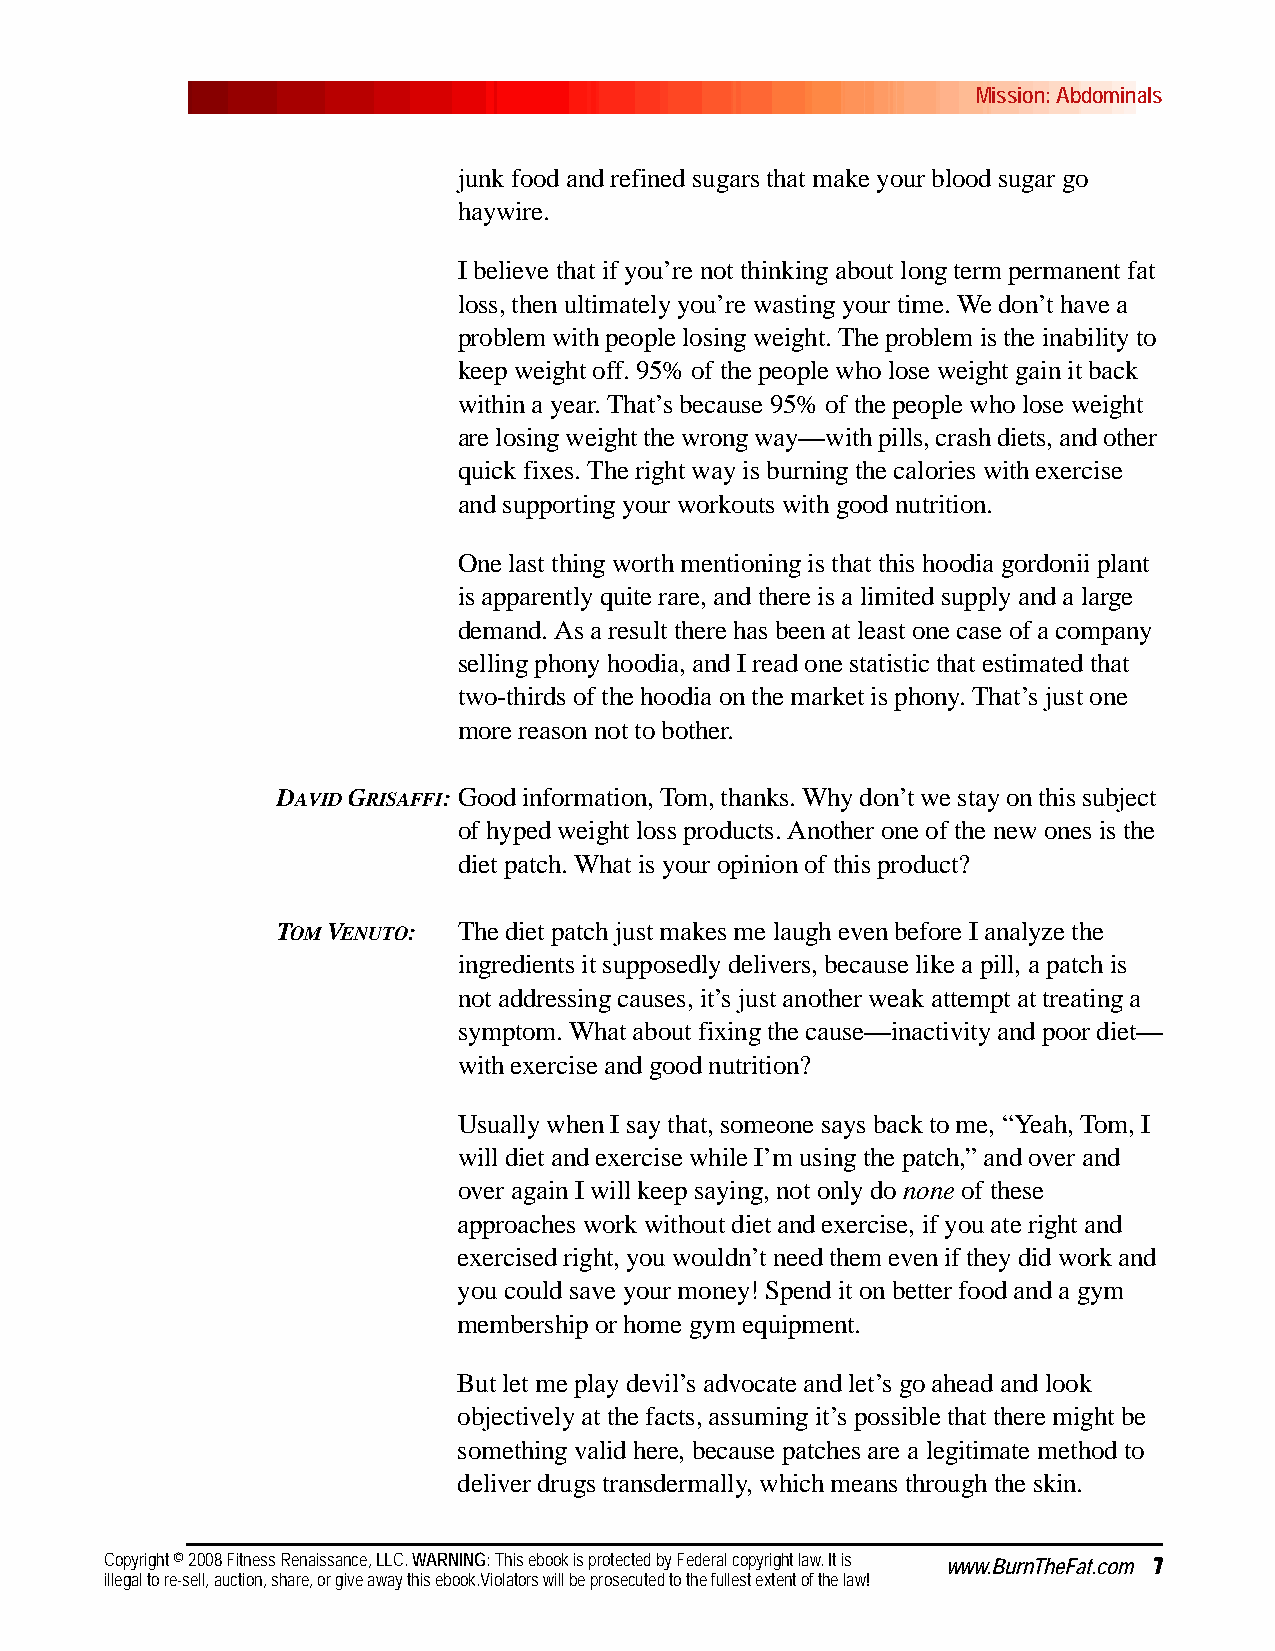
Mission: Abdominals
 junk food and refined sugars that make your blood sugar go
 haywire.
 I believe that if you’re not thinking about long term permanent fat
 loss, then ultimately you’re wasting your time. We don’t have a
 problem with people losing weight. The problem is the inability to
 keep weight off. 95% of the people who lose weight gain it back
 within a year. That’s because 95% of the people who lose weight
 are losing weight the wrong way—with pills, crash diets, and other
 quick fixes. The right way is burning the calories with exercise
 and supporting your workouts with good nutrition.
 One last thing worth mentioning is that this hoodia gordonii plant
 is apparently quite rare, and there is a limited supply and a large
 demand. As a result there has been at least one case of a company
 selling phony hoodia, and I read one statistic that estimated that
 two-thirds of the hoodia on the market is phony. That’s just one
 more reason not to bother.
 DAVID GRISAFFI:Good information, Tom, thanks. Why don’t we stay on this subject
 of hyped weight loss products. Another one of the new ones is the
 diet patch. What is your opinion of this product?
 TOM VENUTO: The diet patch just makes me laugh even before I analyze the
 ingredients it supposedly delivers, because like a pill, a patch is
 not addressing causes, it’s just another weak attempt at treating a
 symptom. What about fixing the cause—inactivity and poor diet—
 with exercise and good nutrition?
 Usually when I say that, someone says back to me, “Yeah, Tom, I
 will diet and exercise while I’m using the patch,” and over and
 over again I will keep saying, not only do none of these
 approaches work without diet and exercise, if you ate right and
 exercised right, you wouldn’t need them even if they did work and
 you could save your money! Spend it on better food and a gym
 membership or home gym equipment.
 But let me play devil’s advocate and let’s go ahead and look
 objectively at the facts, assuming it’s possible that there might be
 something valid here, because patches are a legitimate method to
 deliver drugs transdermally, which means through the skin.
 Copyright © 2008 Fitness Renaissance, LLC. WARNING: This ebook is protected by Federal copyright law. It is www.BurnTheFat.com 7
 illegal to re-sell, auction, share, or give away this ebook.Violators will be prosecuted to the fullest extent of the law!